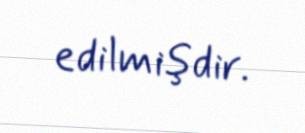
edilmişdir.